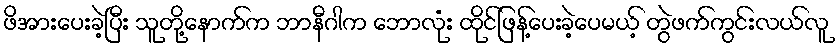
ဖိအားပေးခဲ့ပြီး သူတို့နောက်က ဘာနီဂါက ဘောလုံး ထိုင်ဖြန့်ပေးခဲ့ပေမယ့် တွဲဖက်ကွင်းလယ်လူ